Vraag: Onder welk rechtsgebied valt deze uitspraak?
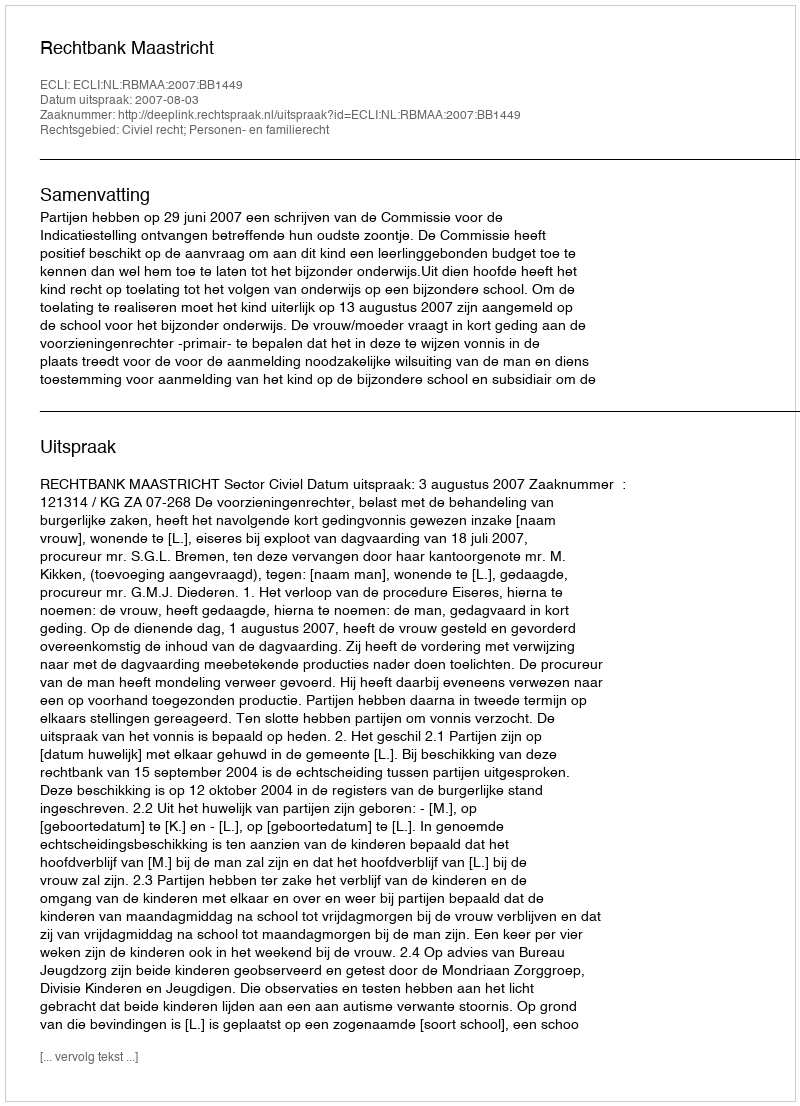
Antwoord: Civiel recht; Personen- en familierecht